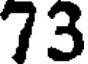
73